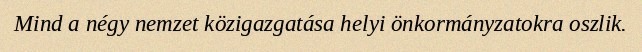
Mind a négy nemzet közigazgatása helyi önkormányzatokra oszlik.